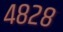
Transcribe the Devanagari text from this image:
४८२८